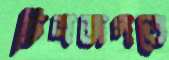
চিত্রজগতে